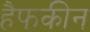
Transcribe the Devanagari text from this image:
हैफकीन